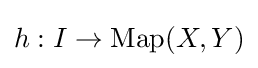
h:I\to \operatorname {Map} (X,Y)